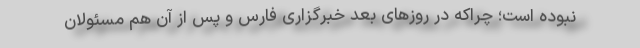
نبوده‌ است؛ چراکه در روزهای بعد خبرگزاری فارس و پس از آن هم مسئولان